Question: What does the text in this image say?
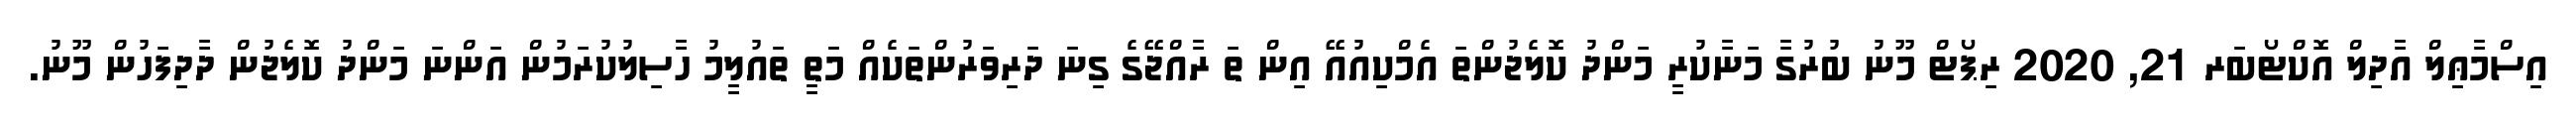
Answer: އިސްމާޢިލް އާދިލް އޮކްޓޯބަރ 21, 2020 ރިޕޯޓް މޫނު ބުރުގާ މަނާކުރީ މަންދު ކޮލެޖުންތަ އެމްކިއުއޭ އިން ތަ ރާއްޖޭގެ ގިނަ ދަރިވަރުންތަކެއް މަތީ ތައުލީމު ހާސިލުކުރަމުން އަންނަ މަންދު ކޮލެޖުން ދާދިފަހުން މޫނު.